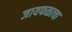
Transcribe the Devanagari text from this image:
जायफळाचा